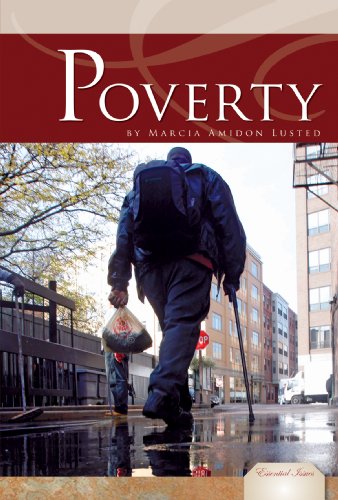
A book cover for Poverty (Essential Issues); Marcia Amidon Lusted; Teen & Young Adult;